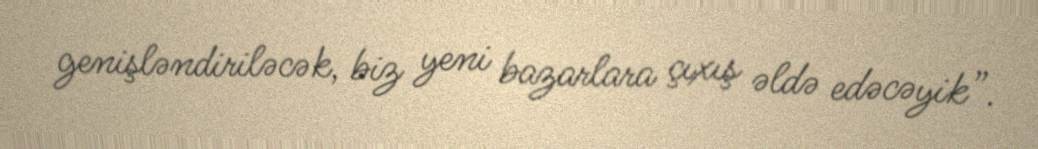
genişləndiriləcək, biz yeni bazarlara çıxış əldə edəcəyik”.